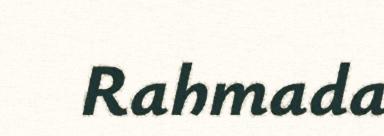
Rahmada